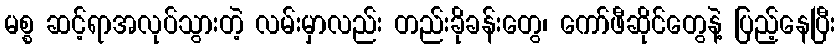
မစ္စ ဆင့်ရာအလုပ်သွားတဲ့ လမ်းမှာလည်း တည်းခိုခန်းတွေ၊ ကော်ဖီဆိုင်တွေနဲ့ ပြည့်နေပြီး